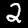
Digit: 2